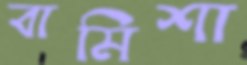
বামিশা